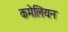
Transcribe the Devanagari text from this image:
कमेलियन